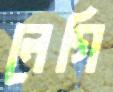
লেগি